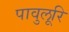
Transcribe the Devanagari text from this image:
पावुलूरि